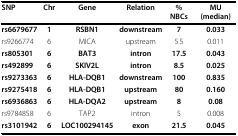
| SNP | Chr | Gene | Relation | %NBCs | MU (median) |
 | --- | --- | --- | --- | --- | --- |
 | rs6679677 | 1 | RSBN1 | downstream | 7 | 0.033 |
 | rs9266774 | 6 | MICA | upstream | 5.5 | 0.011 |
 | rs805301 | 6 | BAT3 | intron | 17.5 | 0.043 |
 | rs492899 | 6 | SKIV2L | intron | 8.5 | 0.025 |
 | rs9273363 | 6 | HLA-DQB1 | downstream | 100 | 0.835 |
 | rs9275418 | 6 | HLA-DQB1 | upstream | 80 | 0.160 |
 | rs6936863 | 6 | HLA-DQA2 | upstream | 8 | 0.08 |
 | rs9784858 | 6 | TAP2 | intron | 5 | 0.008 |
 | rs3101942 | 6 | LOC100294145 | exon | 21.5 | 0.045 |